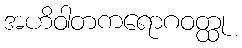
အဟိဝါတကရောဂဝတ္ထု